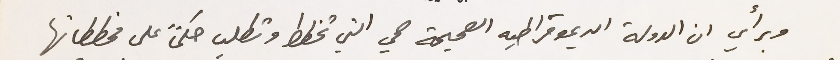
وبرأي ان الدولة الديموقراطيه الصحيحة هي التي تخطط وتطلب حكماً على مخططاتها